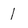
Character: 1